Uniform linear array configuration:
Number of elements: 32
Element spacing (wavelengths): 0.5
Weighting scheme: blackman
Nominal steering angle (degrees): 30
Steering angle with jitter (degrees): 31.163
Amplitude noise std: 0.05
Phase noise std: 0.05

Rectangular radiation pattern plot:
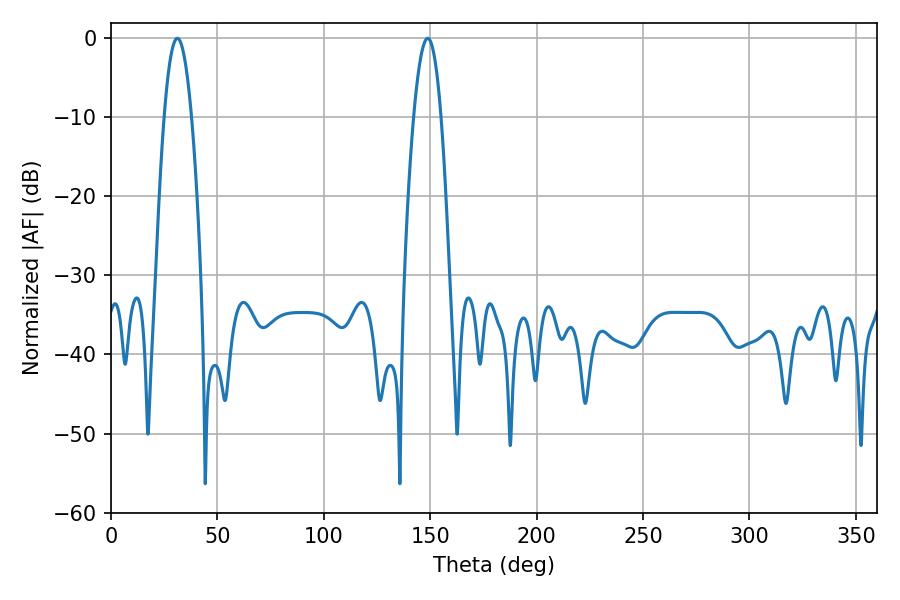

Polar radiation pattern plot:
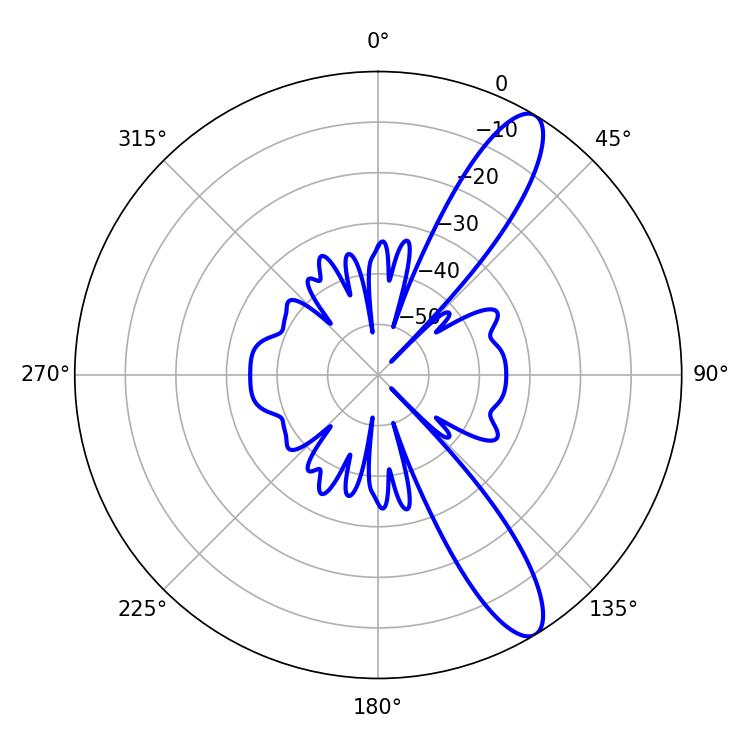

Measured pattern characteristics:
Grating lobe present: FALSE
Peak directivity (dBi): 11.617
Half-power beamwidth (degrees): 7.02
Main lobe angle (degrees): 31.14